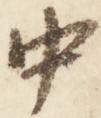
中